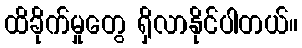
ထိခိုက်မှုတွေ ရှိလာနိုင်ပါတယ်။